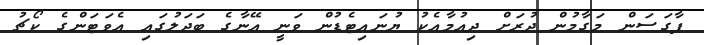
ފާގަސަން މަގާމުން ދުރަށް ދިއުމާއެކު ޔުނައިޓެޑުން ވަނީ އޭނާގެ ބަދަލުގައި އެވަޓަންގެ ކޯޗު